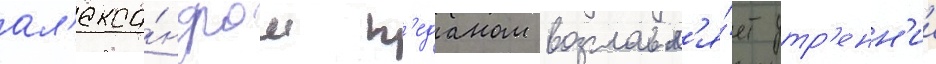
ал'екса́ндром п'еданом возглавл'я́ет утр'енн'ии